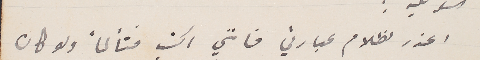
اعذر لظلام عبارتي فانني اكتب متألماً ولو كان